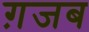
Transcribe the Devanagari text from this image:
ग़जब